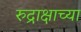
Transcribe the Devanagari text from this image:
रुद्राक्षाच्या